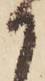
か